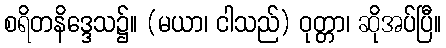
စရိတနိဒ္ဒေသ၌။ (မယာ၊ ငါသည်) ဝုတ္တာ၊ ဆိုအပ်ပြီ။